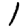
Digit: 1